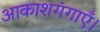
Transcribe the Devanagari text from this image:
आकाशगंगाएँ।